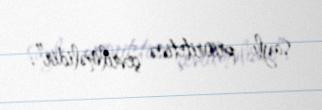
saylı prioritetinə çevrilməlidir”.